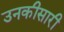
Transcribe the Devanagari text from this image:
उनकीसारी